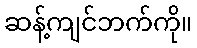
ဆန့်ကျင်ဘက်ကို။